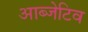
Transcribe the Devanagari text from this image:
आब्जेटिव